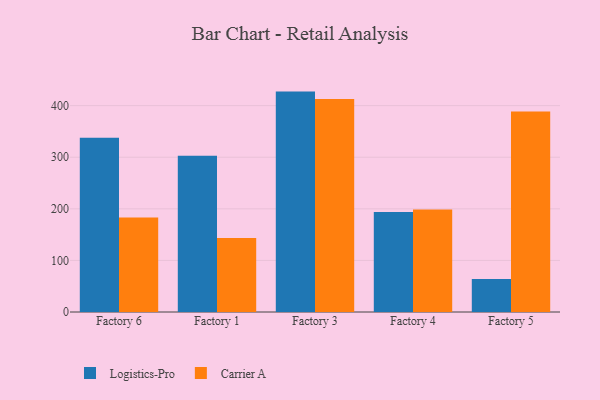
{"axis": {"x": "Factory", "y": "Energy Usage (MWh)"}, "legend": ["Carrier A", "Logistics-Pro"], "data": [{"x": "Factory 6", "y": 337.6, "type": "Logistics-Pro"}, {"x": "Factory 6", "y": 183.1, "type": "Carrier A"}, {"x": "Factory 1", "y": 303.1, "type": "Logistics-Pro"}, {"x": "Factory 1", "y": 143.2, "type": "Carrier A"}, {"x": "Factory 3", "y": 427.2, "type": "Logistics-Pro"}, {"x": "Factory 3", "y": 412.9, "type": "Carrier A"}, {"x": "Factory 4", "y": 193.6, "type": "Logistics-Pro"}, {"x": "Factory 4", "y": 198.9, "type": "Carrier A"}, {"x": "Factory 5", "y": 63.8, "type": "Logistics-Pro"}, {"x": "Factory 5", "y": 388.7, "type": "Carrier A"}]}